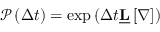
\begin{array} { r } { \mathcal { P } \left( \Delta t \right) = \exp \left( \Delta t \underline { { \mathbf { L } } } \left[ \boldsymbol { \nabla } \right] \right) } \end{array}